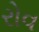
રોવ